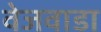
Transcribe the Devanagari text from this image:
वेजवाडा